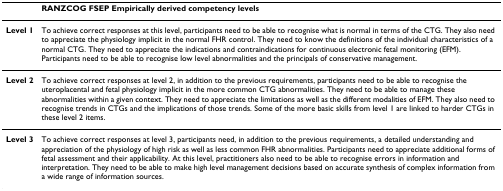
<table><thead><tr><td></td><td><b>RANZCOG FSEP Empirically derived competency levels</b></td></tr></thead><tbody><tr><td><b>Level 1</b></td><td>To achieve correct responses at this level, participants need to be able to recognise what is normal in terms of the CTG. They also need to appreciate the physiology implicit in the normal FHR control. They need to know the definitions of the individual characteristics of a normal CTG. They need to appreciate the indications and contraindications for continuous electronic fetal monitoring (EFM). Participants need to be able to recognise low level abnormalities and the principals of conservative management.</td></tr><tr><td><b>Level 2</b></td><td>To achieve correct responses at level 2, in addition to the previous requirements, participants need to be able to recognise the uteroplacental and fetal physiology implicit in the more common CTG abnormalities. They need to be able to manage these abnormalities within a given context. They need to appreciate the limitations as well as the different modalities of EFM. They also need to recognise trends in CTGs and the implications of those trends. Some of the more basic skills from level 1 are linked to harder CTGs in these level 2 items.</td></tr><tr><td><b>Level 3</b></td><td>To achieve correct responses at level 3, participants need, in addition to the previous requirements, a detailed understanding and appreciation of the physiology of high risk as well as less common FHR abnormalities. Participants need to appreciate additional forms of fetal assessment and their applicability. At this level, practitioners also need to be able to recognise errors in information and interpretation. They need to be able to make high level management decisions based on accurate synthesis of complex information from a wide range of information sources.</td></tr></tbody></table>